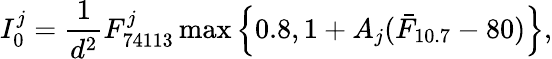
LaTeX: I_{0}^{j}=\frac{1}{d^{2}}F_{74113}^{j}\operatorname*{max}\left\lbrace 0.8,1+A_{j}(\bar{F}_{10.7}-80)\right\rbrace,